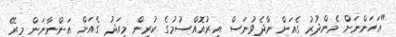
"އަހަންނަށް މެންދުރު ގެއަށް ނާދެވުނަސް އިރުއޮއްސުމުގެ ކުރިން މިއަދު ގެއަށް އަންނާނަން މިރޭ